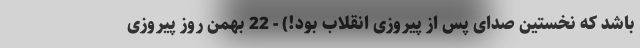
باشد که نخستین صدای پس از پیروزی انقلاب بود!) - 22 بهمن روز پیروزی